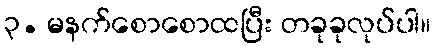
၃. မနက်စောစောထပြီး တခုခုလုပ်ပါ။